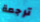
ترجمة